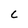
Character: c